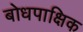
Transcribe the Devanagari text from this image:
बोधपाक्षिक